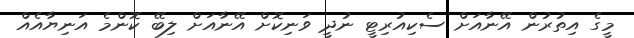
މީގެ އިތުރުން އޭނާއަށް ސެކިއުރިޓީ ނުދީ ވަނިކޮށް އޭނާއަށް ލިބޭ ކޮންމެ އަނިޔާއެއް